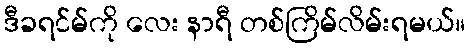
ဒီခရင်မ်ကို လေး နာရီ တစ်ကြိမ်လိမ်းရမယ်။